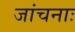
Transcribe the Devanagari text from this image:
जांचनाः